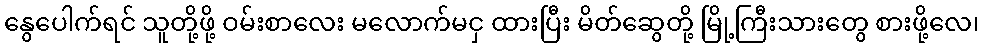
နွေပေါက်ရင် သူတို့ဖို့ ဝမ်းစာလေး မလောက်မငှ ထားပြီး မိတ်ဆွေတို့ မြို့ကြီးသားတွေ စားဖို့လေ၊